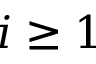
i \ge 1